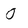
Character: 0